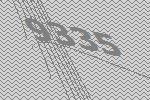
9335